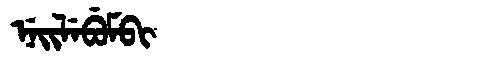
Manchu: ᠨᡝᡳᠯᡝᠪᡠᠮᠪᡳ
Romanization: NEILEBUMBI